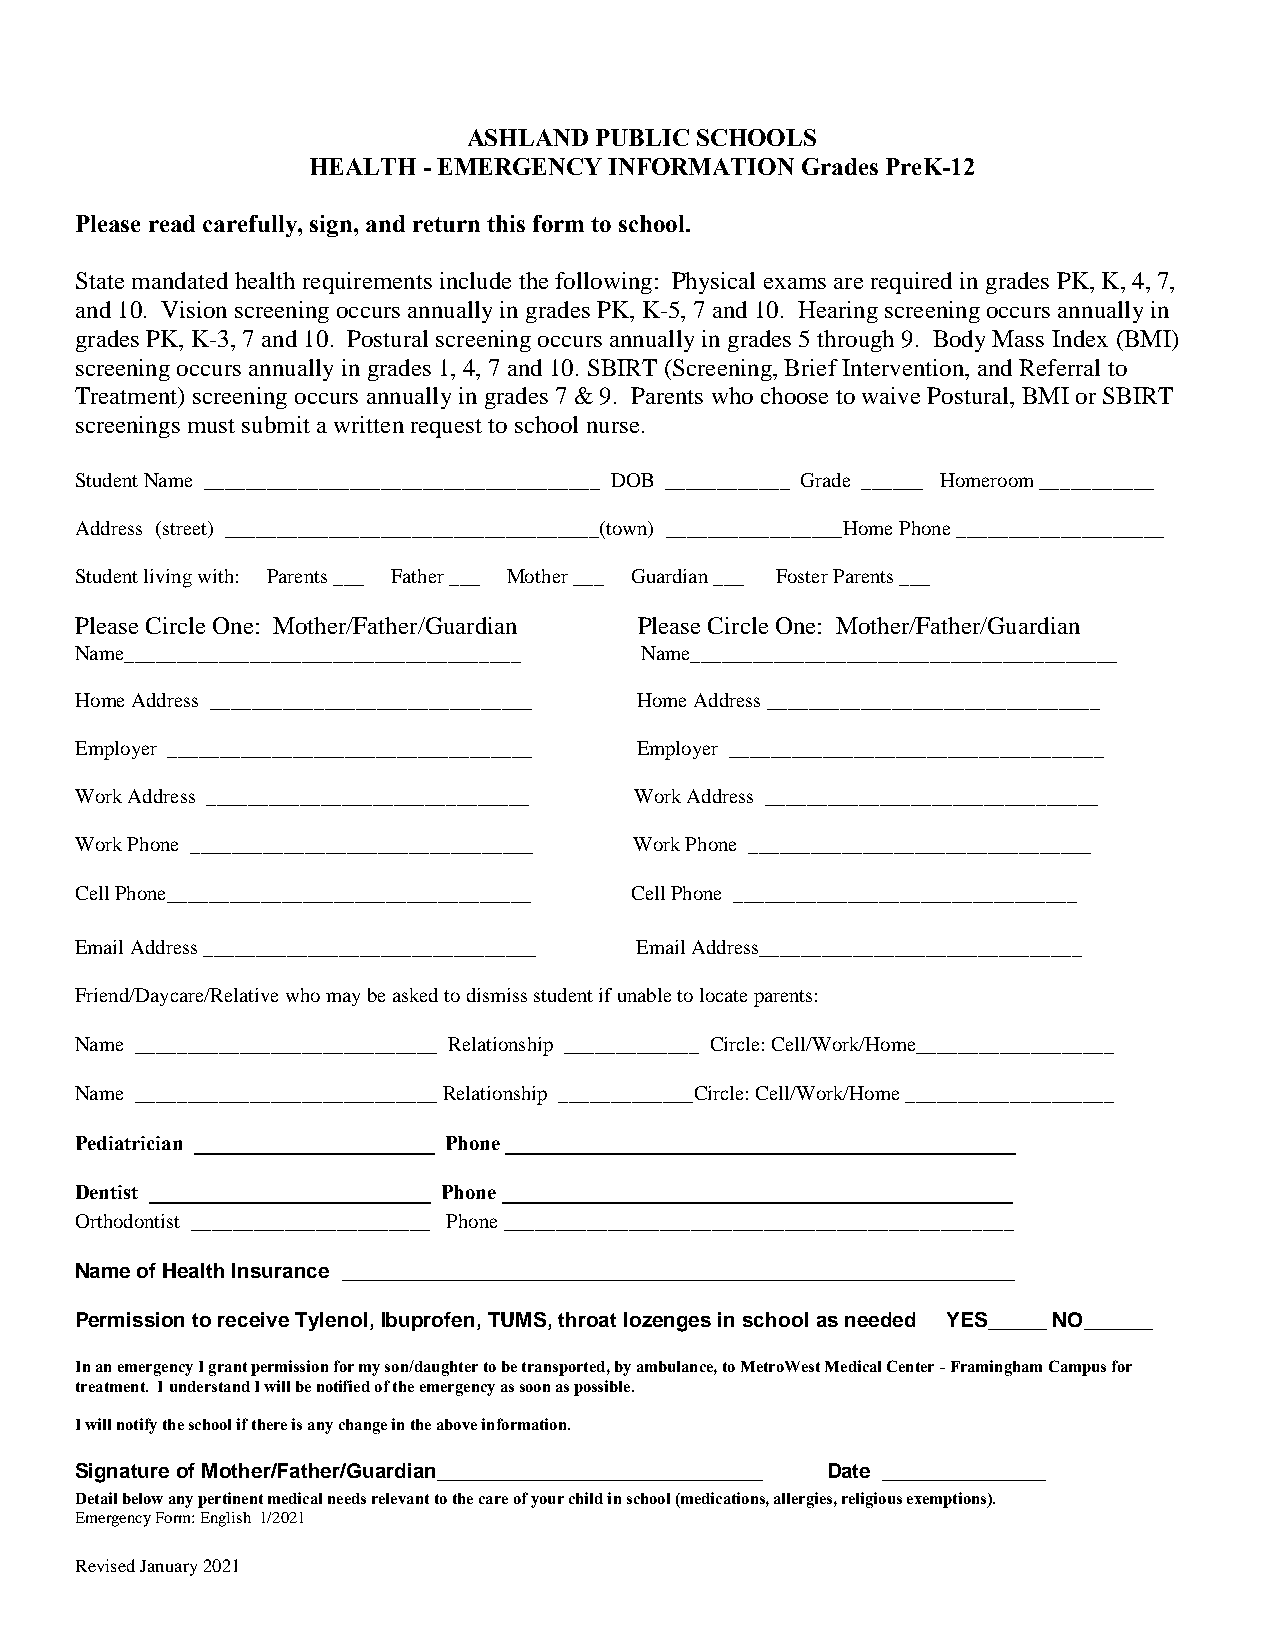
ASHLAND PUBLIC SCHOOLS
 HEALTH  - EMERGENCY INFORMATION  Grades PreK-12
 Please read carefully, sign, and return this form to school.
 State mandated health requirements include the following: Physical exams are required in grades PK, K, 4, 7,
 and 10. Vision screening occurs annually in grades PK, K-5, 7 and 10. Hearing screening occurs annually in
 grades PK, K-3, 7 and 10. Postural screening occurs annually in grades 5 through 9. Body Mass Index (BMI)
 screening occurs annually in grades 1, 4, 7 and 10. SBIRT (Screening, Brief Intervention, and Referral to
 Treatment) screening occurs annually in grades 7 & 9. Parents who choose to waive Postural, BMI or SBIRT
 screenings must submit a written request to school nurse.
 Student Name ______________________________________ DOB ____________ Grade ______ Homeroom ___________
 Address (street) ____________________________________(town) _________________Home Phone ____________________
 Student living with: Parents ___ Father ___ Mother ___ Guardian ___ Foster Parents ___
 Please Circle One: Mother/Father/Guardian Please Circle One: Mother/Father/Guardian
 Name______________________________________ Name_________________________________________
 Home Address _______________________________ Home Address ________________________________
 Employer ___________________________________ Employer ____________________________________
 Work Address _______________________________ Work Address ________________________________
 Work Phone _________________________________ Work Phone _________________________________
 Cell Phone___________________________________ Cell Phone _________________________________
 Email Address ________________________________ Email Address_______________________________
 Friend/Daycare/Relative who may be asked to dismiss student if unable to locate parents:
 Name _____________________________ Relationship _____________ Circle: Cell/Work/Home___________________
 Name _____________________________ Relationship _____________Circle: Cell/Work/Home ____________________
 Pediatrician _______________________ Phone _________________________________________________
 Dentist ___________________________ Phone _________________________________________________
 Orthodontist _______________________ Phone _________________________________________________
 Name of Health Insurance __________________________________________________________
 Permission to receive Tylenol, Ibuprofen, TUMS, throat lozenges in school as needed YES_____ NO______
 In an emergency I grant permission for my son/daughter to be transported, by ambulance, to MetroWest Medical Center - Framingham Campus for
 treatment. I understand I will be notified of the emergency as soon as possible.
 I will notify the school if there is any change in the above information.
 Signature of Mother/Father/Guardian____________________________ Date ______________
 Detail below any pertinent medical needs relevant to the care of your child in school (medications, allergies, religious exemptions).
 Emergency Form: English 1/2021
 Revised January 2021